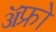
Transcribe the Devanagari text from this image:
ॲफ्रो